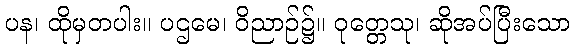
ပန၊ ထိုမှတပါး။ ပဌမေ၊ ဝိညာဉ်၌။ ဝုတ္တေသု၊ ဆိုအပ်ပြီးသော